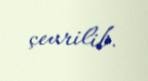
çevrilib.